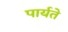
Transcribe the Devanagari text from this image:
पार्यते